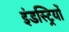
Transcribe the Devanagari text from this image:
इंडस्ट्रियों